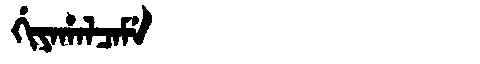
Manchu: ᡤᡳᠶᠠᡥᠠᠯᠴᠠᠮᡝ
Romanization: GIYAHALCAME